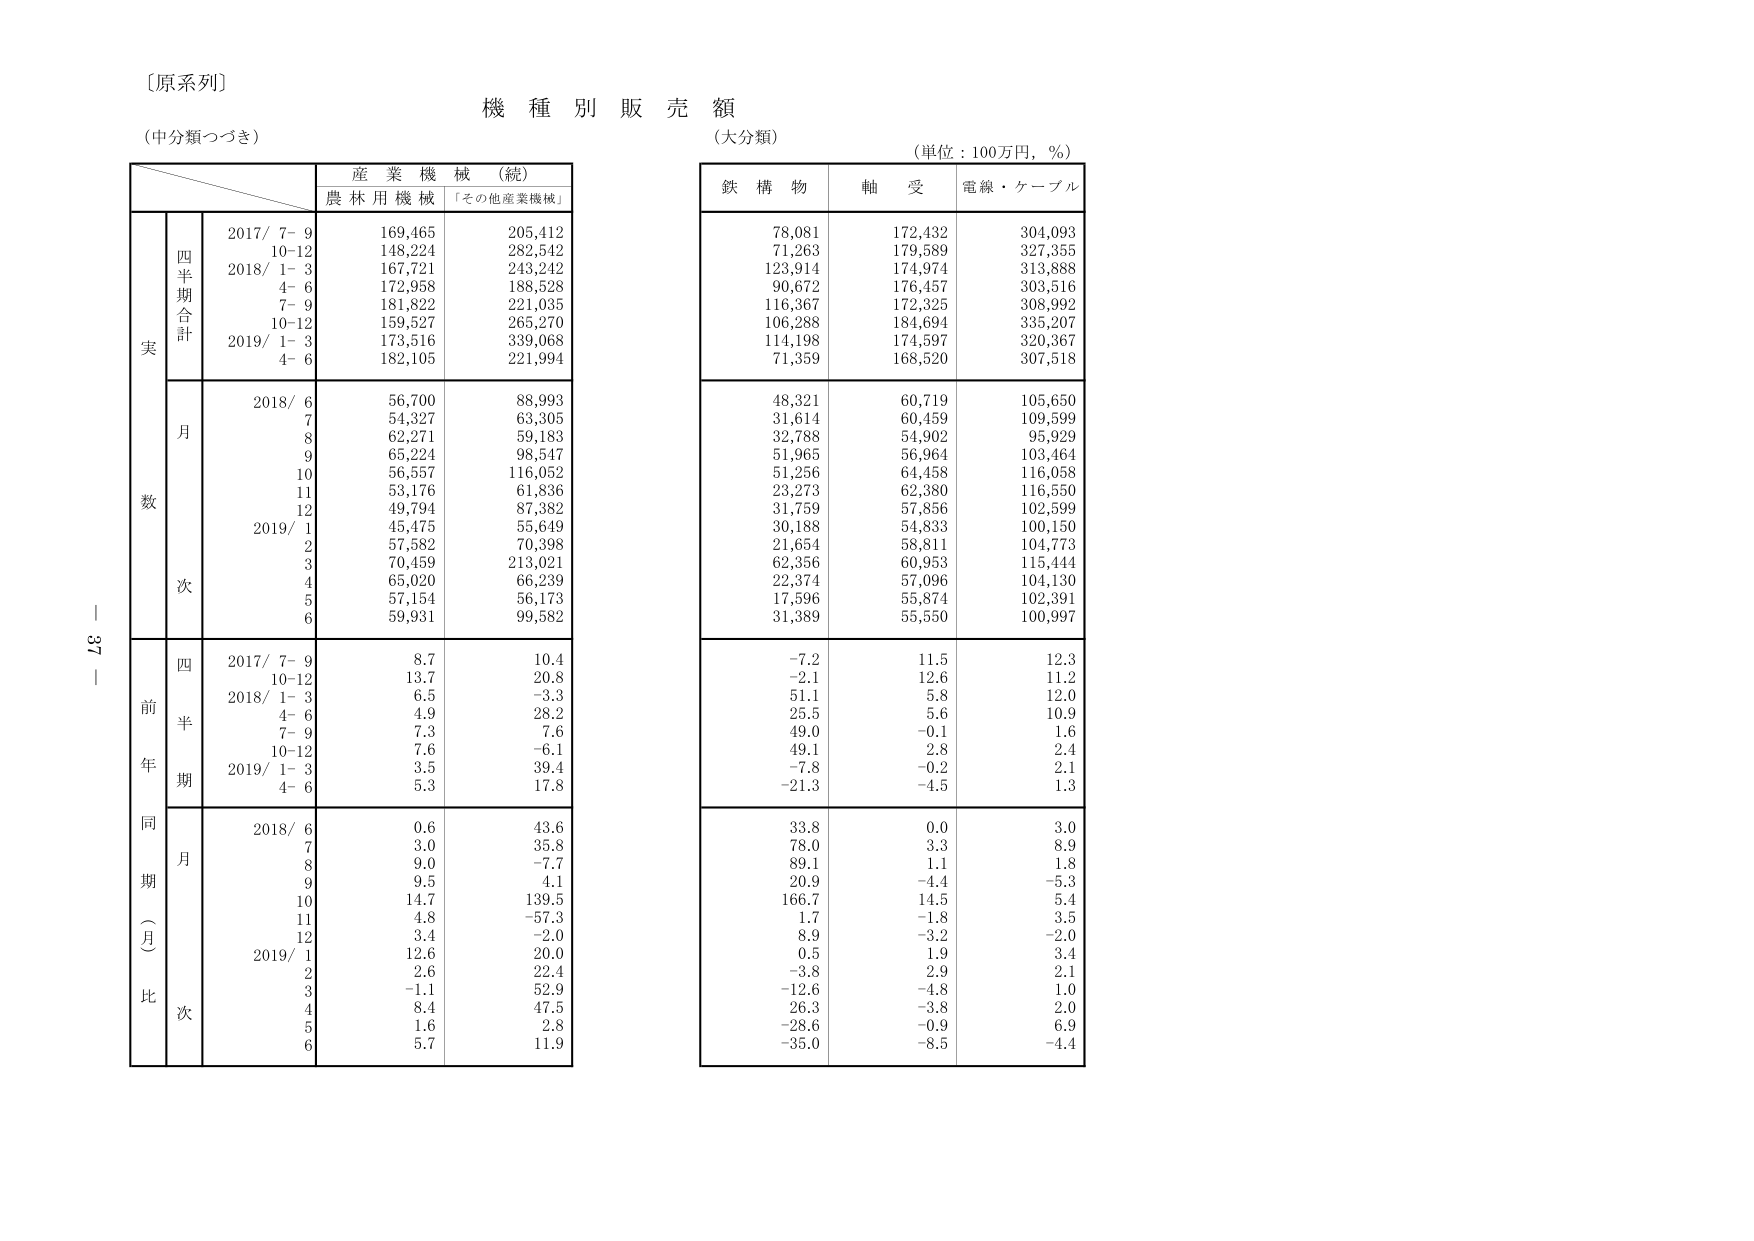
〔原系列〕
機 種 別 販 売 額
（中分類つづき）
（大分類）
（単位：100万円，％）

産 業 機 械 （続）
農 林 用 機 械 「その他産業機械」

鉄 構 物 軸 受 電線・ケーブル

実
四半期合計
2017/ 7−9 169,465 205,412
10−12 148,224 282,542
2018/ 1−3 167,721 243,242
4−6 172,958 188,528
7−9 181,822 221,035
10−12 159,527 265,270
2019/ 1−3 173,516 339,068
4−6 182,105 221,994

月
2018/ 6 56,700 88,993
7 54,327 63,305
8 62,271 59,183
9 65,224 98,547
10 56,557 116,052
11 53,176 61,836
12 49,794 87,382
2019/ 1 45,475 55,649
2 57,582 70,398
3 70,459 213,021
4 65,020 66,239
5 57,154 56,173
6 59,931 99,582

前年同期（月比）
四半期
2017/ 7−9 8.7 10.4
10−12 13.7 20.8
2018/ 1−3 6.5 −3.3
4−6 4.9 28.2
7−9 7.3 7.6
10−12 7.6 −6.1
2019/ 1−3 3.5 39.4
4−6 5.3 17.8

月次
2018/ 6 0.6 43.6
7 3.0 35.8
8 9.0 −7.7
9 9.5 4.1
10 14.7 139.5
11 4.8 −57.3
12 3.4 −2.0
2019/ 1 12.6 20.0
2 2.6 22.4
3 −1.1 52.9
4 8.4 47.5
5 1.6 2.8
6 5.7 11.9

78,081 172,432 304,093
71,263 179,589 327,355
123,914 174,974 313,888
90,672 176,457 303,516
116,367 172,325 308,992
106,288 184,694 335,207
114,198 174,597 320,367
71,359 168,520 307,518

48,321 60,719 105,650
31,614 60,459 109,599
32,788 54,902 95,929
51,965 56,964 103,464
51,256 64,458 116,058
23,273 62,380 116,550
31,759 57,856 102,599
30,188 54,833 100,150
21,654 58,811 104,773
62,356 60,953 115,444
22,374 57,096 104,130
17,596 55,874 102,391
31,389 55,550 100,997

−7.2 11.5 12.3
−2.1 12.6 11.2
51.1 5.8 12.0
25.5 5.6 10.9
49.0 −0.1 1.6
49.1 2.8 2.4
−7.8 −0.2 2.1
−21.3 −4.5 1.3

33.8 0.0 3.0
78.0 3.3 8.9
89.1 1.1 1.8
20.9 −4.4 −5.3
166.7 14.5 5.4
1.7 −1.8 3.5
8.9 −3.2 −2.0
0.5 1.9 3.4
−3.8 2.9 2.1
−12.6 −4.8 1.0
26.3 −3.8 2.0
−28.6 −0.9 6.9
−35.0 −8.5 −4.4

ー 37 ー